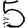
Digit: 5